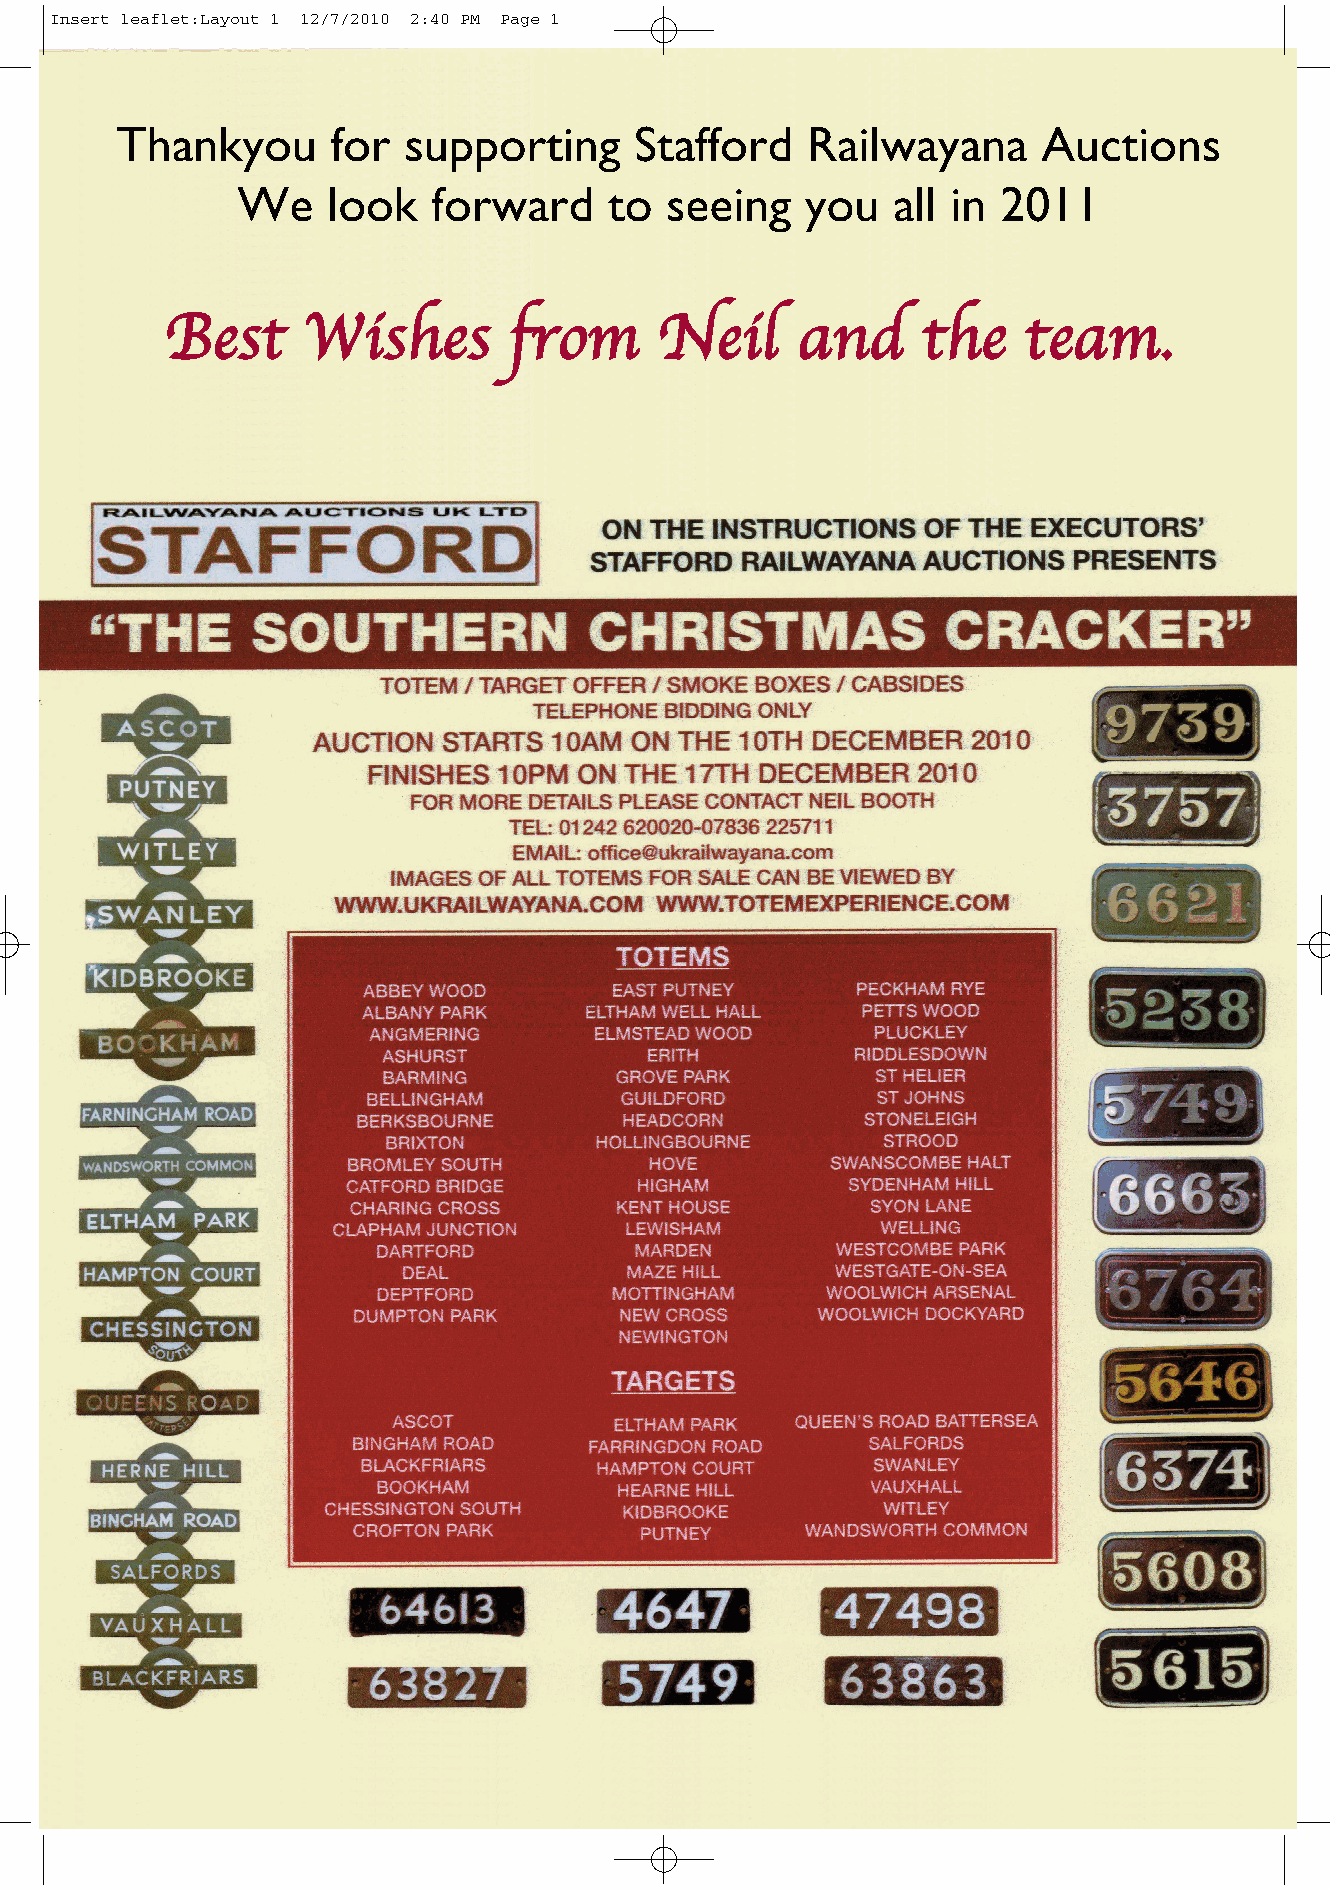
Insert leaflet:Layout 1 12/7/2010 2:40 PM Page 1
 Thankyou      for  supporting     Stafford   Railwayana      Auctions
 We    look   forward    to  seeing   you   all in 2011
 Best     Wishes        from     Neil      and     the    team.